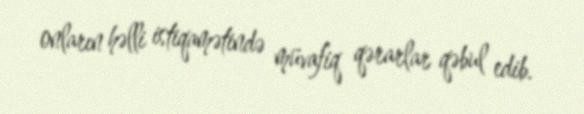
onların həlli istiqamətində müvafiq qərarlar qəbul edib.